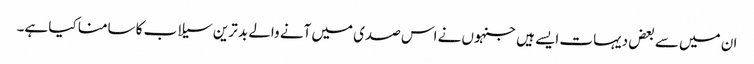
ان میں سے بعض دیہات ایسے ہیں جنہوں نے اس صدی میں آنے والے بد ترین سیلاب کا سامنا کیا ہے۔